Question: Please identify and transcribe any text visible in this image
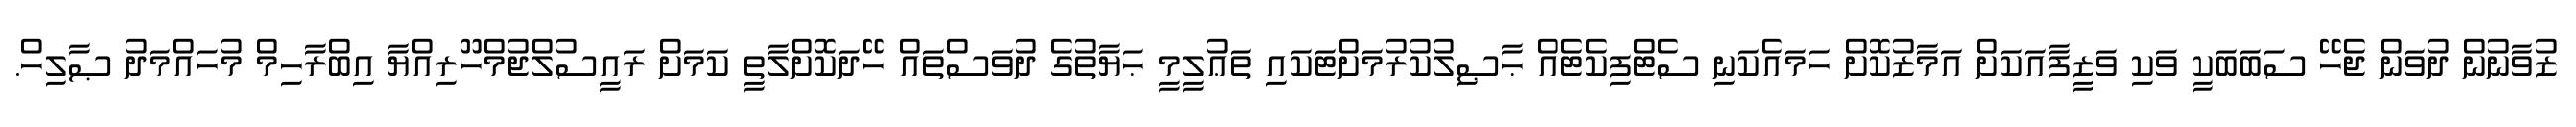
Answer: ޒުވާނުން ދުވަން ޖެހޭ ސަބަބަކީ ވަކި ވަޒީފާއަކަށް އަމާޒުކޮށް ހަމައެކަނި ސެޓްފިކެޓެއް ޙާޞިލުކުރުމަށްޓަކައި ތަޢުލީމީ ޙަޔާތުގެ ދުވަސްތައް ހޭދަކޮށްލާތީ ކަމަށް ރައީސުލްޖުމްހޫރިއްޔާ އިބްރާހިމް މުހައްމަދު ޞާލިހް.